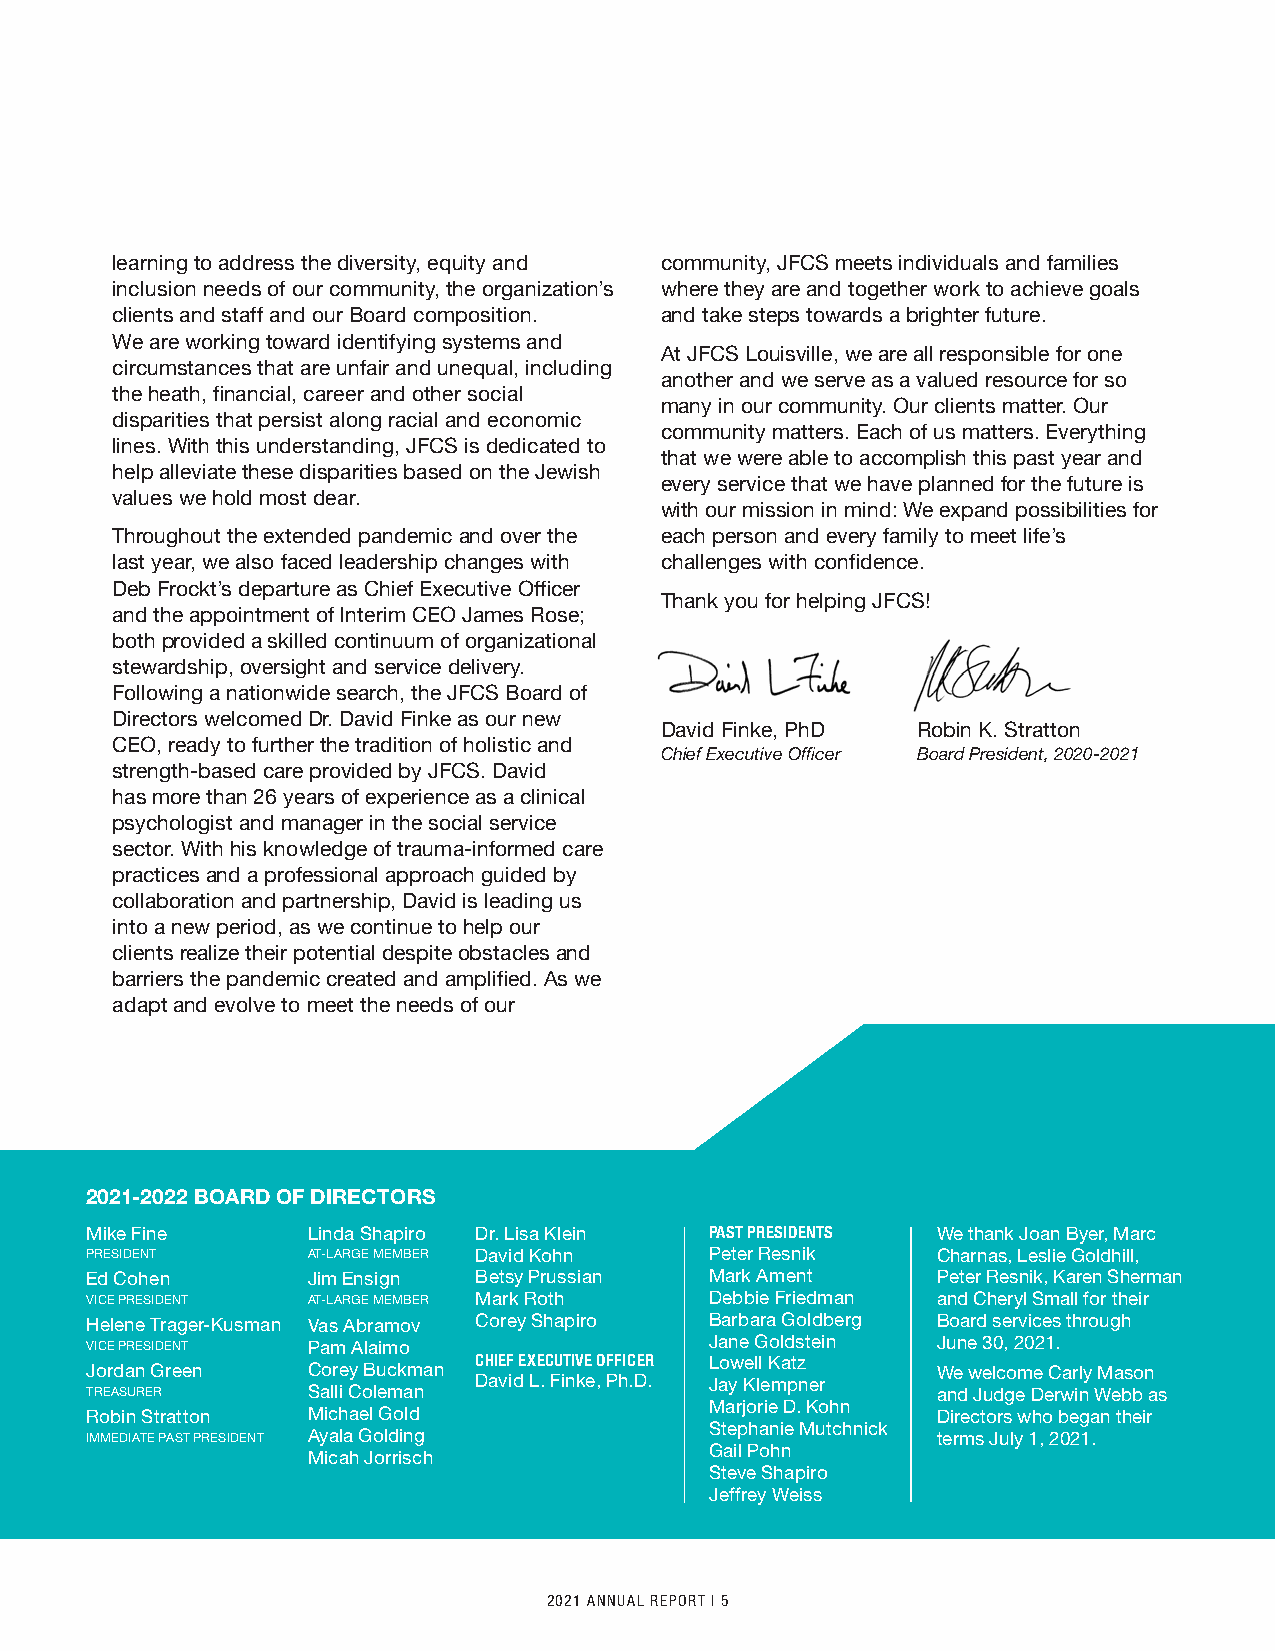
learning to address the diversity, equity and community, JFCS meets individuals and families
 inclusion needs of our community, the organization’s where they are and together work to achieve goals
 clients and staff and our Board composition. and take steps towards a brighter future.
 We are working toward identifying systems and
 At JFCS Louisville, we are all responsible for one
 circumstances that are unfair and unequal, including
 another and we serve as a valued resource for so
 the heath, financial, career and other social
 many in our community. Our clients matter. Our
 disparities that persist along racial and economic
 community matters. Each of us matters. Everything
 lines. With this understanding, JFCS is dedicated to
 that we were able to accomplish this past year and
 help alleviate these disparities based on the Jewish
 every service that we have planned for the future is
 values we hold most dear.
 with our mission in mind: We expand possibilities for
 Throughout the extended pandemic and over the each person and every family to meet life’s
 last year, we also faced leadership changes with challenges with confidence.
 Deb Frockt’s departure as Chief Executive Officer
 Thank you for helping JFCS!
 and the appointment of Interim CEO James Rose;
 both provided a skilled continuum of organizational
 stewardship, oversight and service delivery.
 Following a nationwide search, the JFCS Board of
 Directors welcomed Dr. David Finke as our new
 David Finke, PhD Robin K. Stratton
 CEO, ready to further the tradition of holistic and
 Chief Executive Officer Board President, 2020-2021
 strength-based care provided by JFCS. David
 has more than 26 years of experience as a clinical
 psychologist and manager in the social service
 sector. With his knowledge of trauma-informed care
 practices and a professional approach guided by
 collaboration and partnership, David is leading us
 into a new period, as we continue to help our
 clients realize their potential despite obstacles and
 barriers the pandemic created and amplified. As we
 adapt and evolve to meet the needs of our
 2021-2022 BOARD OF DIRECTORS
 Mike Fine     Linda Shapiro Dr. Lisa Klein PAST PRESIDENTS We thank Joan Byer, Marc
 PRESIDENT     AT-LARGE MEMBER David Kohn Peter Resnik   Charnas, Leslie Goldhill,
 Ed Cohen      Jim Ensign Betsy Prussian  Mark Ament     Peter Resnik, Karen Sherman
 VICE PRESIDENT AT-LARGE MEMBER Mark Roth Debbie Friedman and Cheryl Small for their
 Helene Trager-Kusman Vas Abramov Corey Shapiro Barbara Goldberg Board services through
 VICE PRESIDENT Pam Alaimo                Jane Goldstein June 30, 2021.
 CHIEF EXECUTIVE OFFICER Lowell Katz
 Jordan Green  Corey Buckman                             We welcome Carly Mason
 David L. Finke, Ph.D. Jay Klempner
 TREASURER     Salli Coleman                             and Judge Derwin Webb as
 Marjorie D. Kohn
 Robin Stratton Michael Gold                             Directors who began their
 Stephanie Mutchnick
 IMMEDIATE PAST PRESIDENT Ayala Golding                  terms July 1, 2021.
 Gail Pohn
 Micah Jorrisch
 Steve Shapiro
 Jeffrey Weiss
 4 I JEWISH FAMILY & CAREER SERVICES 2021 ANNUAL REPORT I 5